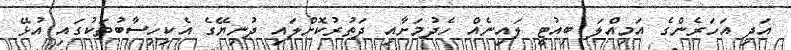
އަދި އަހަރެންގެ އަމިއްލަ ބިއުޓީ ލައިނެއް ހެދުމަށާއި ދަތުރުކޮށްލައި ދުނިޔޭގެ އެކިހިސާބުތަކުގައި އުޅޭ